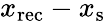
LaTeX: x_{\mathrm{{rec}}}-x_{\mathrm{{s}}}